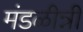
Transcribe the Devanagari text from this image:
मंडळीन्नी